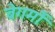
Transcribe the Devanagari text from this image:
बेगमोँ